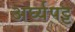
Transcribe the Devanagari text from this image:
अर्घ्यपट्ट